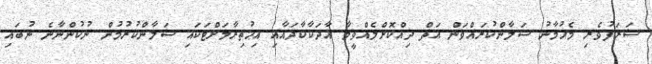
ޝަރަފުވެރި މެހުމާނު ސަލާންކުރައްވަން އަތް ދިއްކޮށްލެއްވީމާ އާދަކާކާދައާއި އިޙުތިރާމަށްޓަކައި ސަލާންކުރުމުން ނުކުންނާނެ ނުބައި